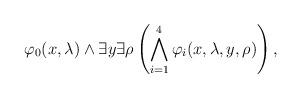
LaTeX: \begin{align*}\varphi_0(x,\lambda)\wedge \exists y\exists \rho\left(\bigwedge_{i=1}^4\varphi_i(x,\lambda,y,\rho)\right), \end{align*}